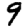
Digit: 9